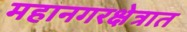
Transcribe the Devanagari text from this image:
महानगरक्षेत्रात